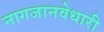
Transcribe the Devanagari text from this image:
नागजानवेधारी